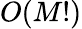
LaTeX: O(M!)